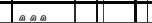
١٩٦